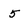
Character: 5